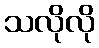
သလိုလို